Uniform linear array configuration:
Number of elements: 32
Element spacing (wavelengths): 0.25
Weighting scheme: hann
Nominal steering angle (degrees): -60
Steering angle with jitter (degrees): -60.44
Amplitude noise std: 0.05
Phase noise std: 0.05

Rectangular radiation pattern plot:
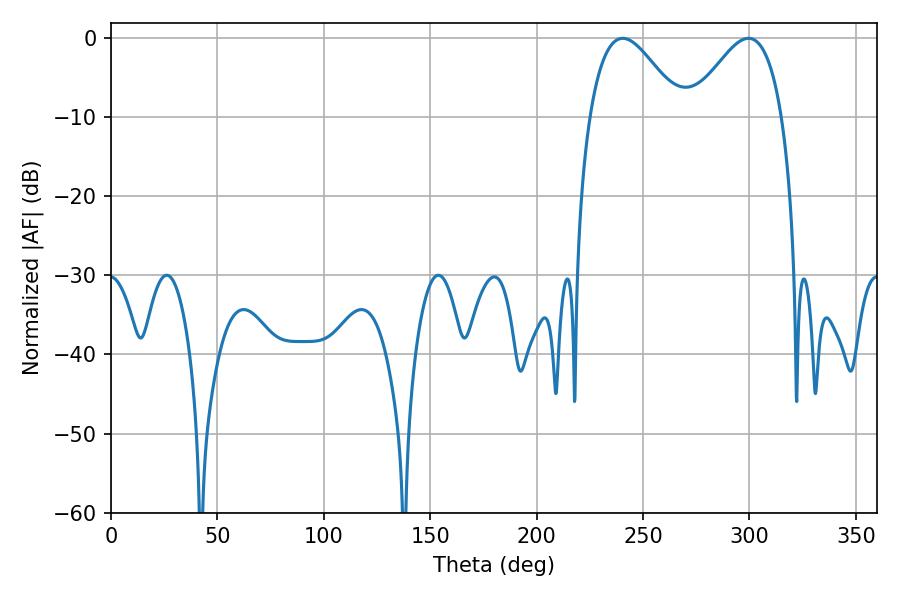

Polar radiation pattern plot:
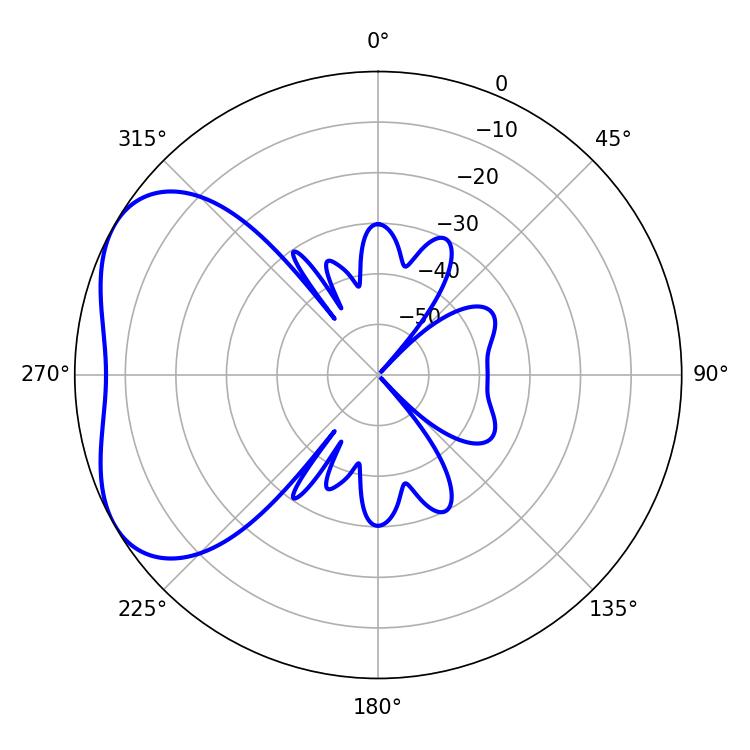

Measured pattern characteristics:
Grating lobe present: FALSE
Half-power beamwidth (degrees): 23.04
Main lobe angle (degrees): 240.48